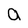
Character: a